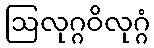
ဩလုဂ္ဂဝိလုဂ္ဂံ